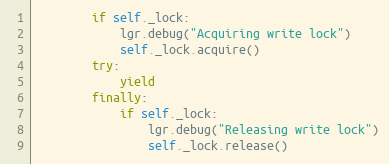
Language: Python
        if self._lock:
            lgr.debug("Acquiring write lock")
            self._lock.acquire()
        try:
            yield
        finally:
            if self._lock:
                lgr.debug("Releasing write lock")
                self._lock.release()